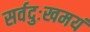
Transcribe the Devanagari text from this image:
सर्वदुःखमयं